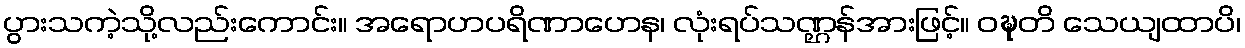
ပွားသကဲ့သို့လည်းကောင်း။ အရောဟပရိဏာဟေန၊ လုံးရပ်သဏ္ဌန်အားဖြင့်။ ဝဍ္ဎတိ သေယျထာပိ၊